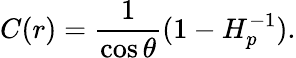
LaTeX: C(r)={\frac{1}{\cos\theta}}(1-H_{p}^{-1}).